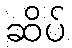
ဆိပ်